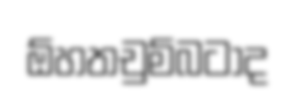
ඕහතචුම්බටාද